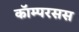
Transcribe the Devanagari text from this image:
कॉम्परसस